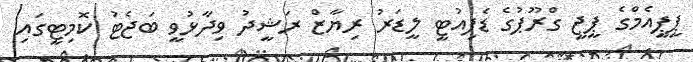
ޕީޕީއެމްގެ ޕީޖީ ގްރޫޕުގެ ޑެޕިއުޓީ ލީޑަރު ރިޔާޒް ރަޝީދު ވިދާޅުވީ ބަޖެޓު ކޮމިޓީގައި